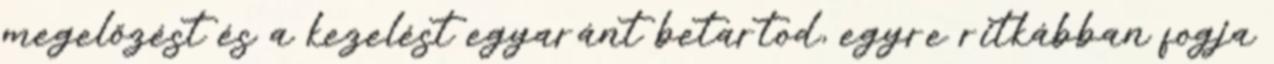
megelőzést és a kezelést egyaránt betartod, egyre ritkábban fogja